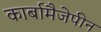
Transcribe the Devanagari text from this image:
कार्बामैजेपीन